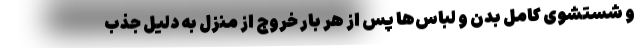
و شستشوی کامل بدن و لباس‌ها پس از هر بار خروج از منزل به دلیل جذب